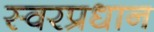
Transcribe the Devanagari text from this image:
स्वरप्रधान